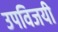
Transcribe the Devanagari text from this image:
उपविजयी